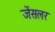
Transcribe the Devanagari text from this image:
जेंसलर